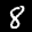
Label: 8